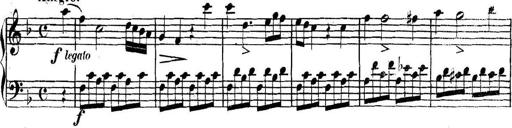
Title: Collected Piano Sonatas
Composer: Muzio Clementi